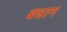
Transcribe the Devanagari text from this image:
बन्नान